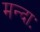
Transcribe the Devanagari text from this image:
मन्दाः